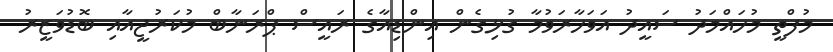
މުފްތީ މުހައްމަދު ސައީދު އަވަހާރަވުމާ ގުޅިގެން އިންޑިއާގެ ރައީސް ޕްރަނާބް މުކަރުޖީއާއި ބޮޑުވަޒީރު